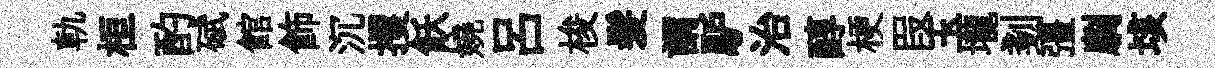
軌桓酌碔館飾沉攫飫嬈呂梭髪謂馿治醇梗叚玉壠剗彊劘垓